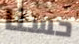
حسنا